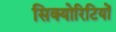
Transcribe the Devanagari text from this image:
सिक्योरिटियों